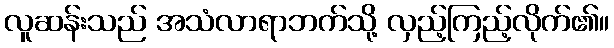
လူဆန်းသည် အသံလာရာဘက်သို့ လှည့်ကြည့်လိုက်၏။